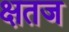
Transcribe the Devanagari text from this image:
क्षतज